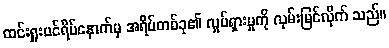
ထင်းရှူးပင်ရိပ်နောက်မှ အရိပ်တစ်ခု၏ လှုပ်ရှားမှုကို လှမ်းမြင်လိုက် သည်။